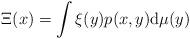
LaTeX: \begin{align*}\Xi(x)= \int \xi (y) p(x ,y) {\rm d} \mu(y) \end{align*}